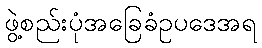
ဖွဲ့စည်းပုံအခြေခံဥပဒေအရ